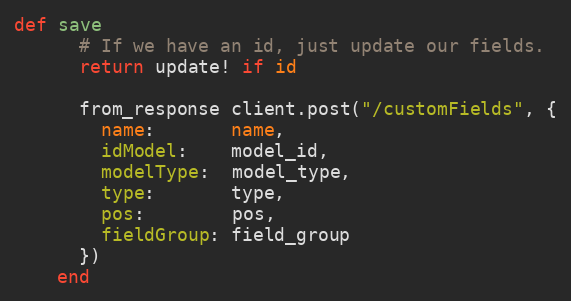
Language: Ruby
def save
      # If we have an id, just update our fields.
      return update! if id

      from_response client.post("/customFields", {
        name:       name,
        idModel:    model_id,
        modelType:  model_type,
        type:       type,
        pos:        pos,
        fieldGroup: field_group
      })
    end